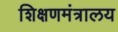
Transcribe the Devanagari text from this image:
शिक्षणमंत्रालय